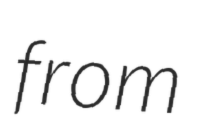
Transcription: from